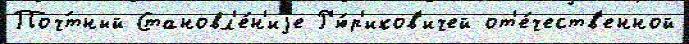
Поч́тный Становл'е́н'иjе Р'ю́р'иков'ичей от'е́честв'енной